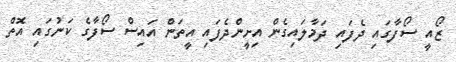
ޒޯއީ ސޯފާގައި ދެފައި ދަމާލައިގެން އިށީންދެފައި އީތަން އައިސް ސޯފާގެ ކަނުގައި އޮތް